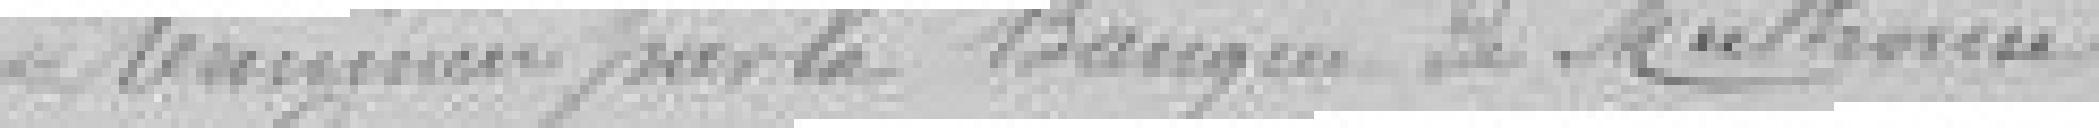
par la Banque de Mulhouse.